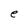
Character: e